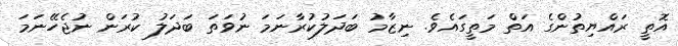
އޮތީ ރައްޔިތުންގެ އަތް މަތީގައެވެ. ނިޒާމު ބަދަލުކުރާނަމަ ނުވަތަ ބަދަލު ކުރަން ނުޖެހޭނަމަ